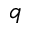
q